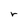
Character: r